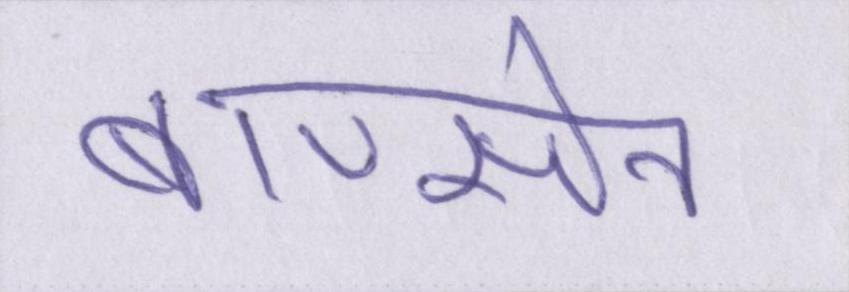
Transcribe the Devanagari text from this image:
बाणसेन